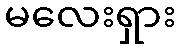
မလေးရှား